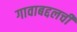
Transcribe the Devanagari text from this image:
गावाबद्दलची